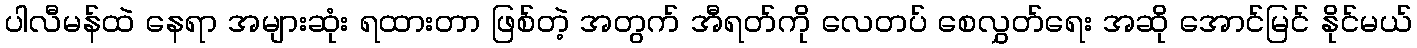
ပါလီမန်ထဲ နေရာ အများဆုံး ရထားတာ ဖြစ်တဲ့ အတွက် အီရတ်ကို လေတပ် စေလွှတ်ရေး အဆို အောင်မြင် နိုင်မယ်